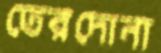
তেরদোনা